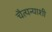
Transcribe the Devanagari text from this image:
चैत्यन्याशी